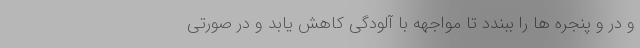
و در و پنجره ها را ببندد تا مواجهه با آلودگی کاهش یابد و در صورتی